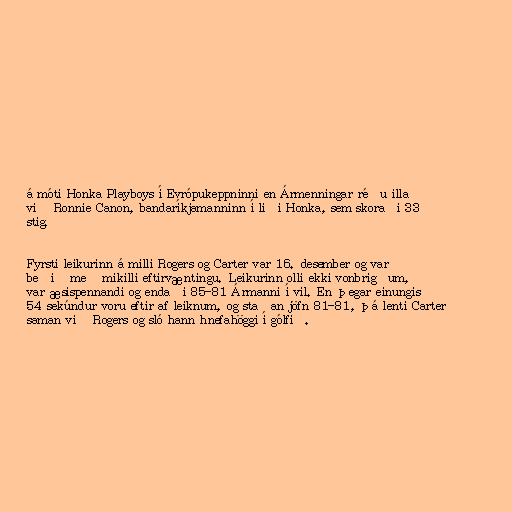
á móti Honka Playboys í Evrópukeppninni en Ármenningar réðu illa
við Ronnie Canon, bandaríkjamanninn í liði Honka, sem skoraði 33
stig.

Fyrsti leikurinn á milli Rogers og Carter var 16. desember og var
beðið með mikilli eftirvæntingu. Leikurinn olli ekki vonbrigðum,
var æsispennandi og endaði 85-81 Ármanni í vil. En þegar einungis
54 sekúndur voru eftir af leiknum, og staðan jöfn 81-81, þá lenti Carter
saman við Rogers og sló hann hnefahöggi í gólfið.